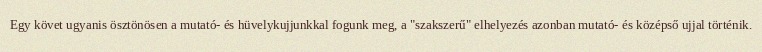
Egy követ ugyanis ösztönösen a mutató- és hüvelykujjunkkal fogunk meg, a "szakszerű" elhelyezés azonban mutató- és középső ujjal történik.